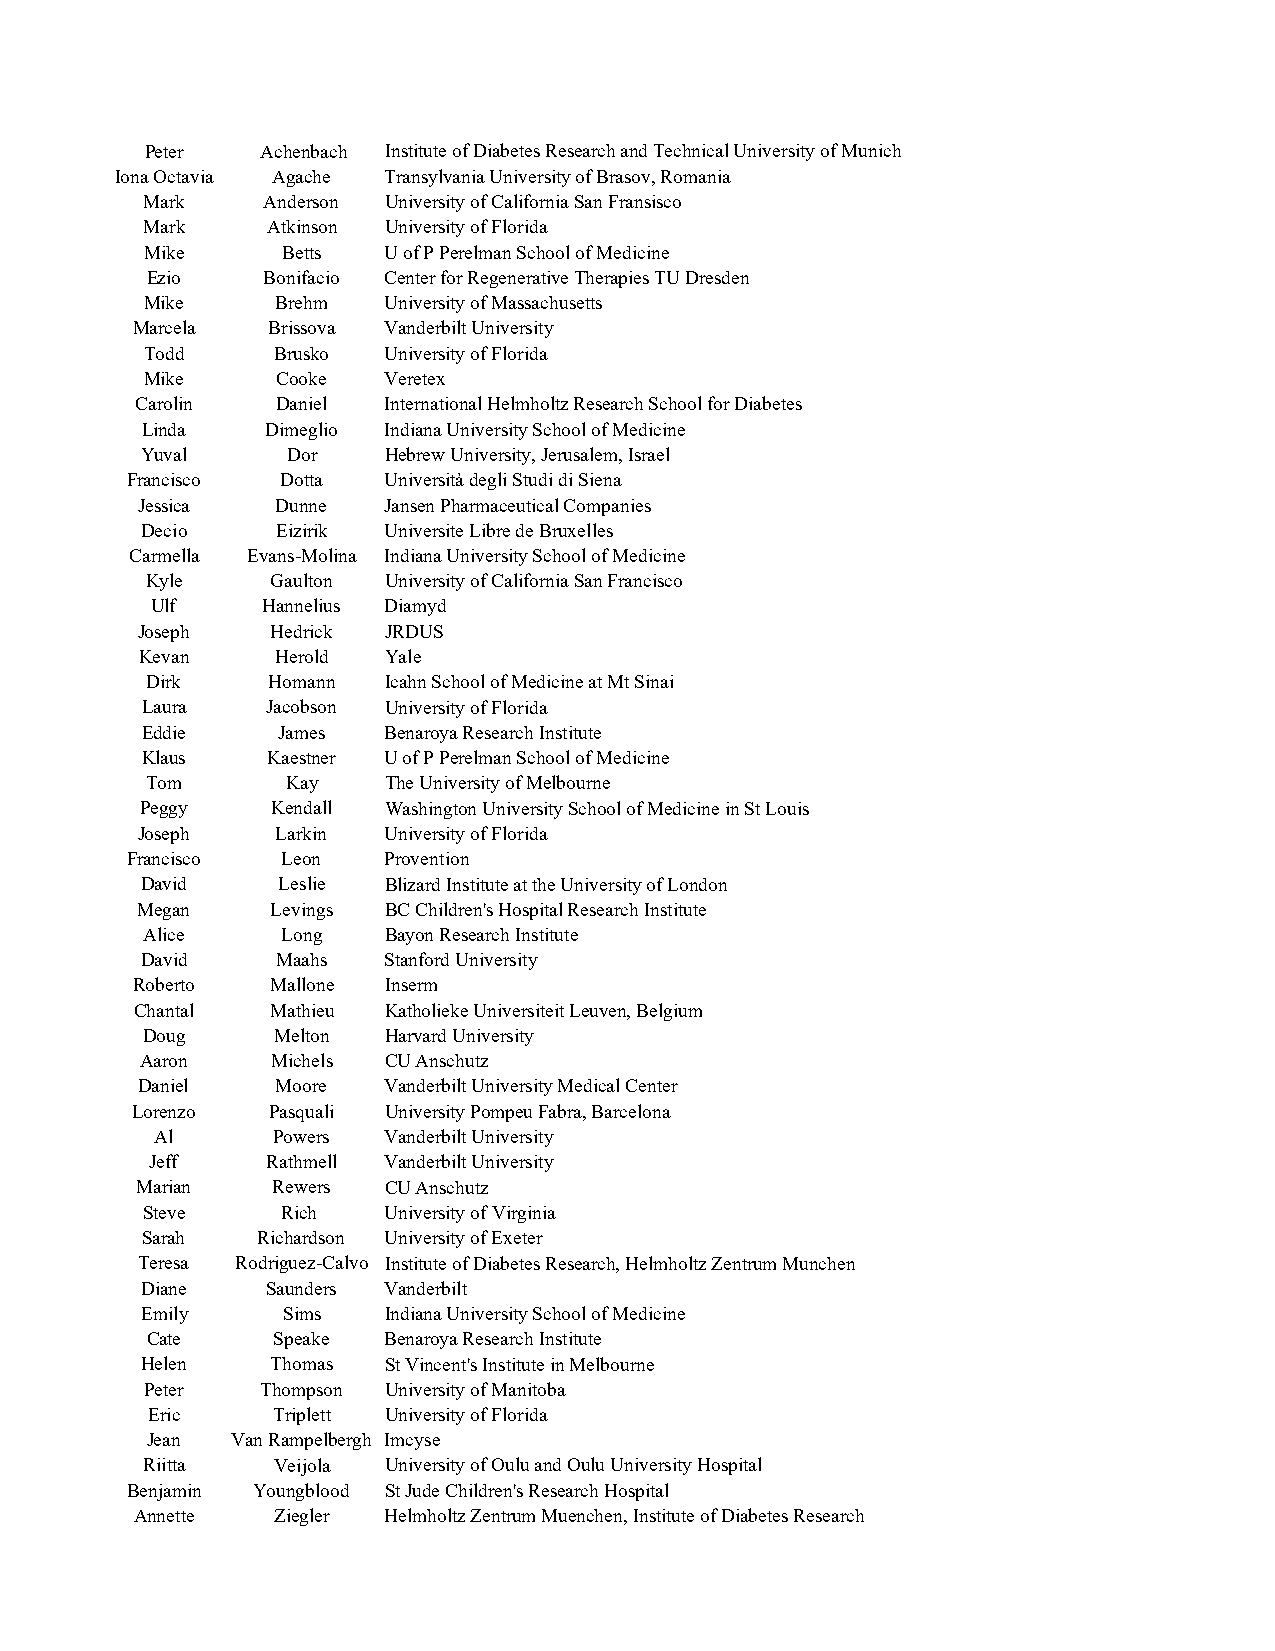
Peter  Achenbach Institute of Diabetes Research and Technical University of Munich
 Iona Octavia Agache Transylvania University of Brasov, Romania
 Mark   Anderson University of California San Fransisco
 Mark    Atkinson University of Florida
 Mike     Betts U of P Perelman School of Medicine
 Ezio   Bonifacio Center for Regenerative Therapies TU Dresden
 Mike    Brehm  University of Massachusetts
 Marcela  Brissova Vanderbilt University
 Todd    Brusko University of Florida
 Mike    Cooke  Veretex
 Carolin  Daniel International Helmholtz Research School for Diabetes
 Linda    Dimeglio Indiana University School of Medicine
 Yuval     Dor   Hebrew University, Jerusalem, Israel
 Francisco  Dotta Università degli Studi di Siena
 Jessica  Dunne  Jansen Pharmaceutical Companies
 Decio    Eizirik Universite Libre de Bruxelles
 Carmella Evans-Molina Indiana University School of Medicine
 Kyle    Gaulton University of California San Francisco
 Ulf    Hannelius Diamyd
 Joseph   Hedrick JRDUS
 Kevan    Herold Yale
 Dirk    Homann Icahn School of Medicine at Mt Sinai
 Laura    Jacobson University of Florida
 Eddie    James  Benaroya Research Institute
 Klaus    Kaestner U of P Perelman School of Medicine
 Tom      Kay   The University of Melbourne
 Peggy    Kendall Washington University School of Medicine in St Louis
 Joseph   Larkin University of Florida
 Francisco  Leon  Provention
 David    Leslie Blizard Institute at the University of London
 Megan    Levings BC Children's Hospital Research Institute
 Alice    Long  Bayon Research Institute
 David    Maahs  Stanford University
 Roberto  Mallone Inserm
 Chantal  Mathieu Katholieke Universiteit Leuven, Belgium
 Doug     Melton Harvard University
 Aaron    Michels CU Anschutz
 Daniel   Moore  Vanderbilt University Medical Center
 Lorenzo  Pasquali University Pompeu Fabra, Barcelona
 Al      Powers Vanderbilt University
 Jeff    Rathmell Vanderbilt University
 Marian   Rewers CU Anschutz
 Steve     Rich  University of Virginia
 Sarah   Richardson University of Exeter
 Teresa Rodriguez-Calvo Institute of Diabetes Research, Helmholtz Zentrum Munchen
 Diane    Saunders Vanderbilt
 Emily     Sims  Indiana University School of Medicine
 Cate    Speake Benaroya Research Institute
 Helen    Thomas St Vincent's Institute in Melbourne
 Peter  Thompson University of Manitoba
 Eric    Triplett University of Florida
 Jean Van Rampelbergh Imcyse
 Riitta   Veijola University of Oulu and Oulu University Hospital
 Benjamin Youngblood St Jude Children's Research Hospital
 Annette  Ziegler Helmholtz Zentrum Muenchen, Institute of Diabetes Research